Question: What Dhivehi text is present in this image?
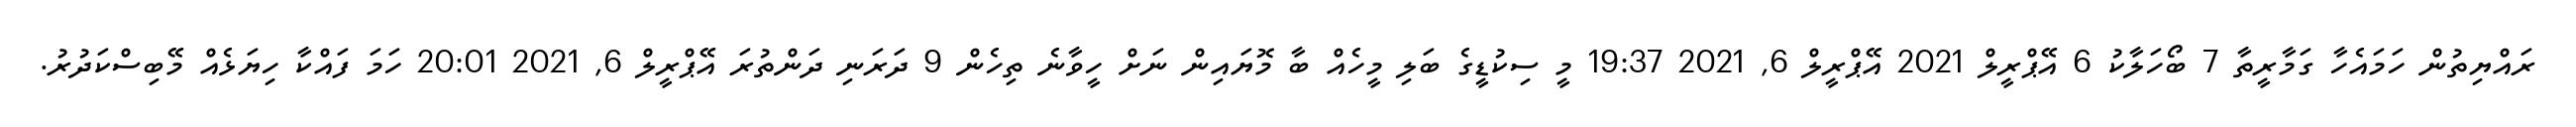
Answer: ރައްޔިތުން ހަމައެހާ ގަމާރީތާ 7 ބޯހަލާކު 6 އޭޕްރީލް 2021 އޭޕްރީލް 6, 2021 19:37 މީ ސިކުޑީގެ ބަލި މީހެއް ބާ މޮޔައިން ނަށް ހީވާނެ ތިހެން 9 ދަރަނި ދަންތުރަ އޭޕްރީލް 6, 2021 20:01 ހަމަ ފައްކާ ހިޔަޅެއް މޭބިސްކަދުރު.